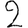
Digit: 2